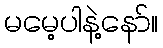
မမေ့ပါနဲ့နော်။